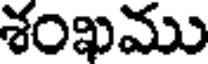
శంఖము